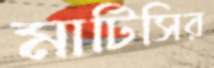
মাটিসির